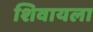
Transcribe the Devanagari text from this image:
शिवायला